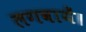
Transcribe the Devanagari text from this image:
लगवायें।